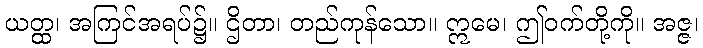
ယတ္ထ၊ အကြင်အရပ်၌။ ဌိတာ၊ တည်ကုန်သော။ ဣမေ၊ ဤဝက်တို့ကို။ အဇ္ဇ၊